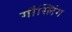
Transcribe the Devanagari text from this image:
गौस्लिंग